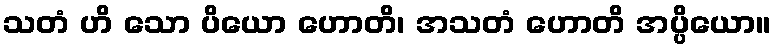
သတံ ဟိ သော ပိယော ဟောတိ၊ အသတံ ဟောတိ အပ္ပိယော။